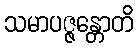
သမာပဇ္ဇန္တောတိ